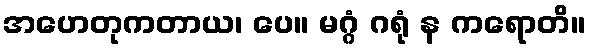
အဟေတုကတာယ၊ ပေ။ မဂ္ဂံ ဂရုံ န ကရောတိ။